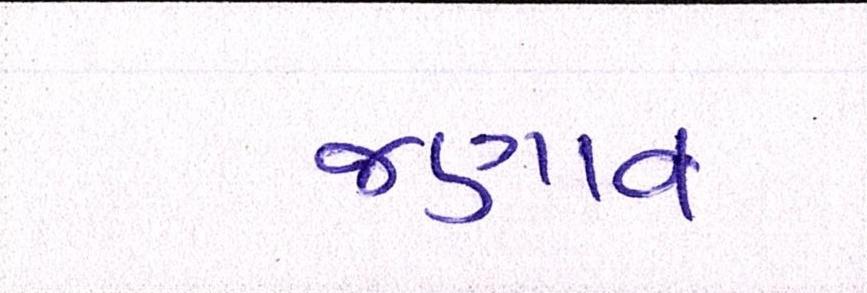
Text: જણાવ